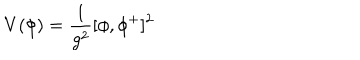
V ( \phi ) = { \frac { 1 } { g ^ { 2 } } } [ \phi , \phi ^ { + } ] ^ { 2 }